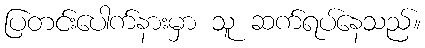
ပြတင်းပေါက်နားမှာ သူ ဆက်ရပ်နေသည်။